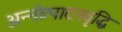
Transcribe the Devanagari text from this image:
अन्नोत्पादनवृद्धि